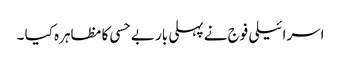
اسرائیلی فوج نے پہلی بار بے حسی کا مظاہرہ کیا ۔